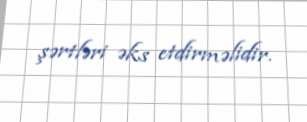
şərtləri əks etdirməlidir.